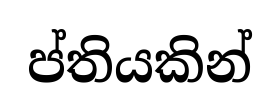
ප්තියකින්